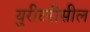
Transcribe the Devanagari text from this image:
युरीटरीसील